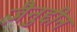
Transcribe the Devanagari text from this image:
ज़ैनुद्दीन